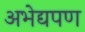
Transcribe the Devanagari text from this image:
अभेद्यपण